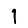
Digit: 1